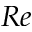
R e